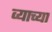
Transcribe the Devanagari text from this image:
व्याच्या